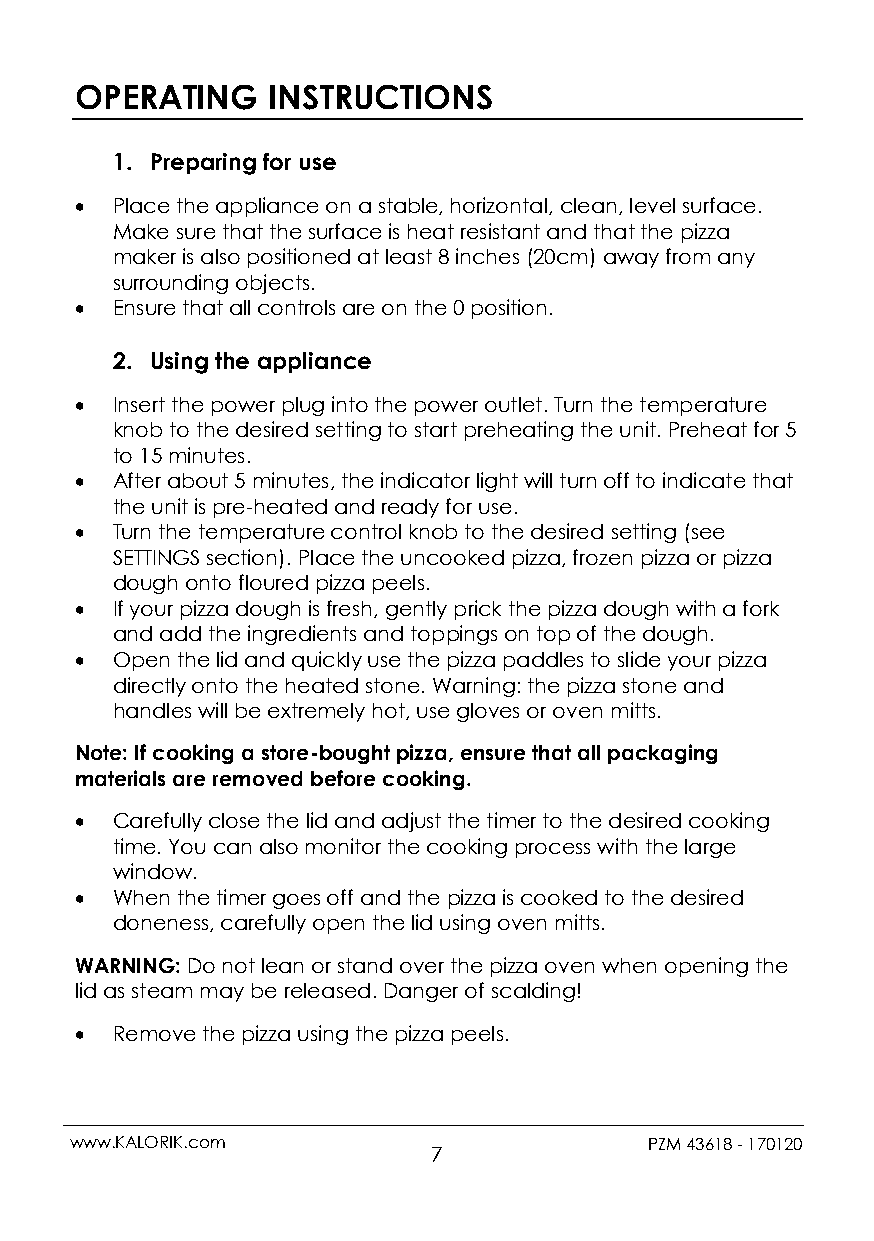
OPERATING    INSTRUCTIONS
 1. Preparing for use
  Place the appliance on a stable, horizontal, clean, level surface.
 Make sure that the surface is heat resistant and that the pizza
 maker is also positioned at least 8 inches (20cm) away from any
 surrounding objects.
  Ensure that all controls are on the 0 position.
 2. Using the appliance
  Insert the power plug into the power outlet. Turn the temperature
 knob to the desired setting to start preheating the unit. Preheat for 5
 to 15 minutes.
  After about 5 minutes, the indicator light will turn off to indicate that
 the unit is pre-heated and ready for use.
  Turn the temperature control knob to the desired setting (see
 SETTINGS section). Place the uncooked pizza, frozen pizza or pizza
 dough onto floured pizza peels.
  If your pizza dough is fresh, gently prick the pizza dough with a fork
 and add the ingredients and toppings on top of the dough.
  Open the lid and quickly use the pizza paddles to slide your pizza
 directly onto the heated stone. Warning: the pizza stone and
 handles will be extremely hot, use gloves or oven mitts.
 Note: If cooking a store-bought pizza, ensure that all packaging
 materials are removed before cooking.
  Carefully close the lid and adjust the timer to the desired cooking
 time. You can also monitor the cooking process with the large
 window.
  When the timer goes off and the pizza is cooked to the desired
 doneness, carefully open the lid using oven mitts.
 WARNING: Do not lean or stand over the pizza oven when opening the
 lid as steam may be released. Danger of scalding!
  Remove the pizza using the pizza peels.
 www.KALORIK.com                       PZM 43618 - 170120
 7